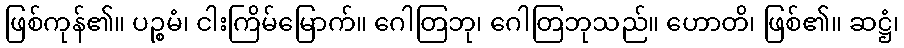
ဖြစ်ကုန်၏။ ပဉ္စမံ၊ ငါးကြိမ်မြောက်။ ဂေါတြဘု၊ ဂေါတြဘုသည်။ ဟောတိ၊ ဖြစ်၏။ ဆဋ္ဌံ၊